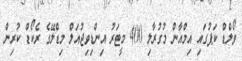
ވޯލްޑް ކަޕުގައި އިމްއާން މުގުރާލި 400 މީޓަރު އިންޑިވިޖުއަލް މިޑްލޭގެ ރެކޯޑް ކުރިން